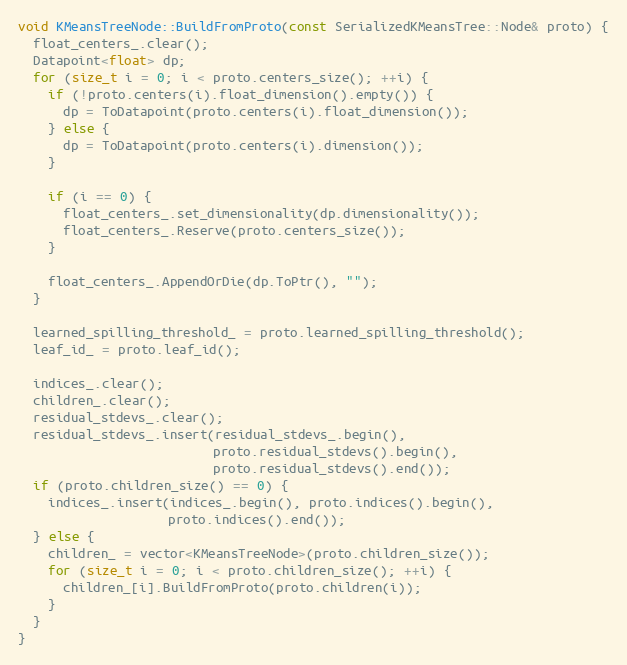
Language: C++
void KMeansTreeNode::BuildFromProto(const SerializedKMeansTree::Node& proto) {
  float_centers_.clear();
  Datapoint<float> dp;
  for (size_t i = 0; i < proto.centers_size(); ++i) {
    if (!proto.centers(i).float_dimension().empty()) {
      dp = ToDatapoint(proto.centers(i).float_dimension());
    } else {
      dp = ToDatapoint(proto.centers(i).dimension());
    }

    if (i == 0) {
      float_centers_.set_dimensionality(dp.dimensionality());
      float_centers_.Reserve(proto.centers_size());
    }

    float_centers_.AppendOrDie(dp.ToPtr(), "");
  }

  learned_spilling_threshold_ = proto.learned_spilling_threshold();
  leaf_id_ = proto.leaf_id();

  indices_.clear();
  children_.clear();
  residual_stdevs_.clear();
  residual_stdevs_.insert(residual_stdevs_.begin(),
                          proto.residual_stdevs().begin(),
                          proto.residual_stdevs().end());
  if (proto.children_size() == 0) {
    indices_.insert(indices_.begin(), proto.indices().begin(),
                    proto.indices().end());
  } else {
    children_ = vector<KMeansTreeNode>(proto.children_size());
    for (size_t i = 0; i < proto.children_size(); ++i) {
      children_[i].BuildFromProto(proto.children(i));
    }
  }
}